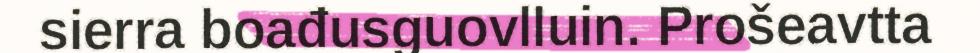
sierra boađusguovlluin. Prošeavtta